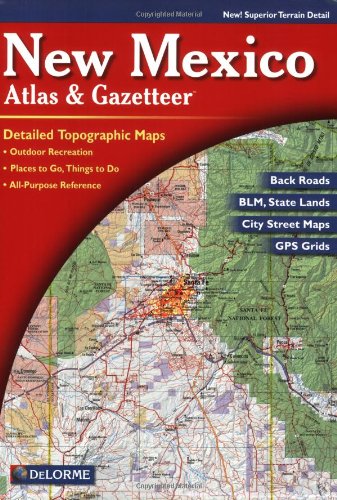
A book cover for New Mexico Atlas & Gazetteer; Delorme; Reference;